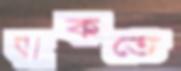
ডুকতে